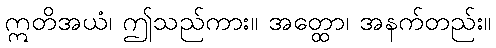
ဣတိအယံ၊ ဤသည်ကား။ အတ္ထော၊ အနက်တည်း။